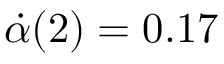
\dot { \alpha } ( 2 ) = 0 . 1 7